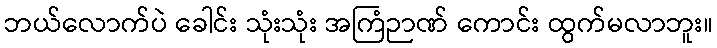
ဘယ်လောက်ပဲ ခေါင်း သုံးသုံး အကြံဉာဏ် ကောင်း ထွက်မလာဘူး။